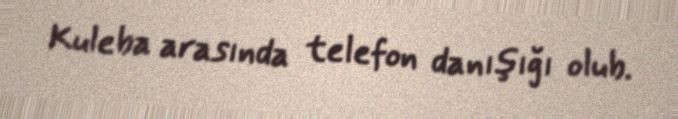
Kuleba arasında telefon danışığı olub.